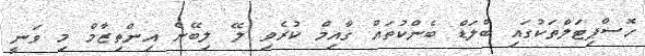
ހޮސްޕިޓަލްތަކުގައި ބްލަޑް ބެންކުތައް ގާއިމް ކުރެވި ލޭ ލިބޭނެ އިންތިޒާމް މި ވަނީ